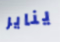
يناير